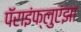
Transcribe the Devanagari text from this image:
पॅराइंफ्लुएंझा